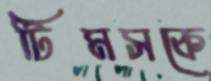
টিমসকে